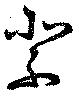
祭